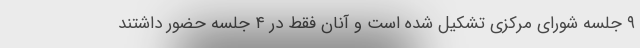
۹ جلسه شورای مرکزی تشکیل شده است و آنان فقط در ۴ جلسه حضور داشتند